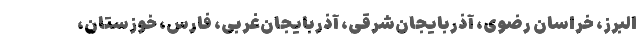
البرز، خراسان رضوی، آذربایجان‌شرقی، آذربایجان‌غربی، فارس، خوزستان،